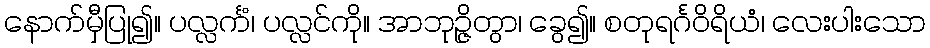
နောက်မှီပြု၍။ ပလ္လင်္ကံ၊ ပလ္လင်ကို။ အာဘုဉ္ဇိတွာ၊ ခွေ၍။ စတုရင်္ဂဝိရိယံ၊ လေးပါးသော